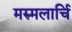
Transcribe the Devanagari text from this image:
मरुमलार्चि